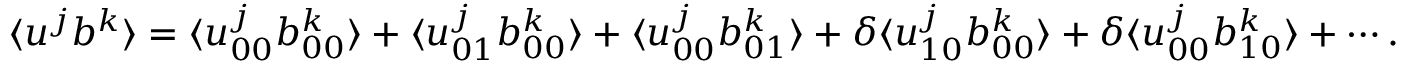
\langle { u ^ { j } b ^ { k } } \rangle = \langle { u _ { 0 0 } ^ { j } b _ { 0 0 } ^ { k } } \rangle + \langle { u _ { 0 1 } ^ { j } b _ { 0 0 } ^ { k } } \rangle + \langle { u _ { 0 0 } ^ { j } b _ { 0 1 } ^ { k } } \rangle + \delta \langle { u _ { 1 0 } ^ { j } b _ { 0 0 } ^ { k } } \rangle + \delta \langle { u _ { 0 0 } ^ { j } b _ { 1 0 } ^ { k } } \rangle + \cdots .